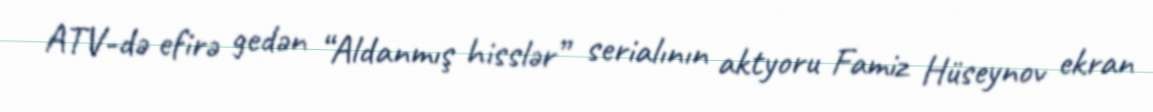
ATV-də efirə gedən “Aldanmış hisslər” serialının aktyoru Famiz Hüseynov ekran